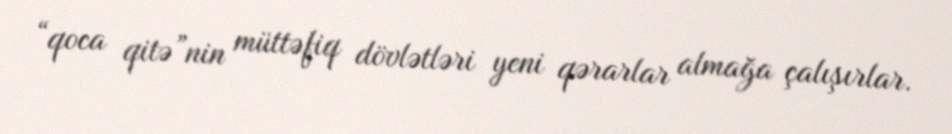
“qoca qitə”nin müttəfiq dövlətləri yeni qərarlar almağa çalışırlar.